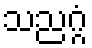
သညဂ္ဂံ